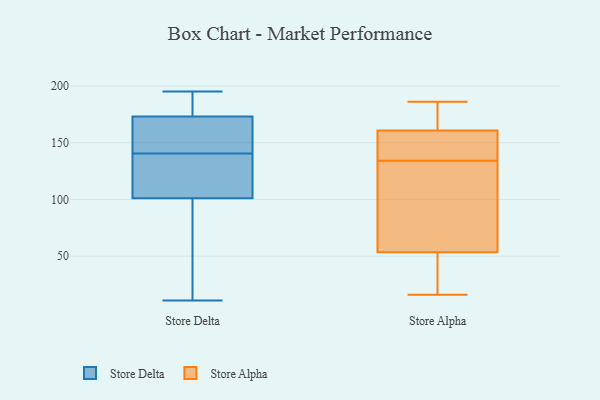
{"axis": {"x": "Page Views", "y": "Value"}, "legend": ["Store Alpha", "Store Delta"], "data": [{"x": "", "y": 101, "type": "Store Delta"}, {"x": "", "y": 155, "type": "Store Delta"}, {"x": "", "y": 38, "type": "Store Delta"}, {"x": "", "y": 195, "type": "Store Delta"}, {"x": "", "y": 111, "type": "Store Delta"}, {"x": "", "y": 11, "type": "Store Delta"}, {"x": "", "y": 142, "type": "Store Delta"}, {"x": "", "y": 139, "type": "Store Delta"}, {"x": "", "y": 177, "type": "Store Delta"}, {"x": "", "y": 173, "type": "Store Delta"}, {"x": "", "y": 50, "type": "Store Alpha"}, {"x": "", "y": 31, "type": "Store Alpha"}, {"x": "", "y": 134, "type": "Store Alpha"}, {"x": "", "y": 144, "type": "Store Alpha"}, {"x": "", "y": 179, "type": "Store Alpha"}, {"x": "", "y": 154, "type": "Store Alpha"}, {"x": "", "y": 16, "type": "Store Alpha"}, {"x": "", "y": 157, "type": "Store Alpha"}, {"x": "", "y": 89, "type": "Store Alpha"}, {"x": "", "y": 73, "type": "Store Alpha"}, {"x": "", "y": 30, "type": "Store Alpha"}, {"x": "", "y": 175, "type": "Store Alpha"}, {"x": "", "y": 73, "type": "Store Alpha"}, {"x": "", "y": 21, "type": "Store Alpha"}, {"x": "", "y": 64, "type": "Store Alpha"}, {"x": "", "y": 186, "type": "Store Alpha"}, {"x": "", "y": 150, "type": "Store Alpha"}, {"x": "", "y": 179, "type": "Store Alpha"}, {"x": "", "y": 162, "type": "Store Alpha"}]}